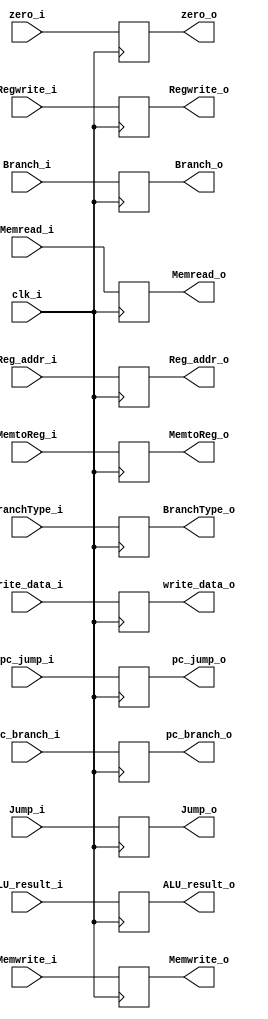
module EX_MEM(  clk_i, MemtoReg_i, Regwrite_i, BranchType_i, Branch_i, Memwrite_i, Memread_i,  pc_jump_i, pc_branch_i, zero_i, ALU_result_i, write_data_i, Reg_addr_i, Jump_i,                                           
					  MemtoReg_o, Regwrite_o, BranchType_o, Branch_o, Memwrite_o, Memread_o,   pc_jump_o, pc_branch_o, zero_o, ALU_result_o, write_data_o, Reg_addr_o, Jump_o );

input          clk_i;
input  MemtoReg_i, Regwrite_i, Branch_i, Memwrite_i, Memread_i, zero_i;
input 		   BranchType_i, Jump_i;
input [32-1:0]  pc_jump_i, pc_branch_i, ALU_result_i, write_data_i;
input [5-1:0]  Reg_addr_i;

output reg MemtoReg_o, Regwrite_o, Branch_o, Memwrite_o, Memread_o, zero_o;
output reg 			BranchType_o, Jump_o;
output reg [32-1:0]  pc_jump_o, pc_branch_o, ALU_result_o, write_data_o;
output reg [5-1:0]  Reg_addr_o;


always @(posedge clk_i) begin
	    MemtoReg_o <= MemtoReg_i; Regwrite_o <= Regwrite_i; BranchType_o <= BranchType_i; 
		Branch_o <= Branch_i; Memwrite_o <=  Memwrite_i; Memread_o <= Memread_i; pc_jump_o <= pc_jump_i;
		pc_branch_o <= pc_branch_i; zero_o <= zero_i; ALU_result_o <= ALU_result_i; 
		write_data_o <= write_data_i; Reg_addr_o <= Reg_addr_i;	Jump_o <= Jump_i;
end

initial begin
MemtoReg_o = 0; Regwrite_o = 0; BranchType_o = 0; Branch_o = 0; Memwrite_o = 0; Memread_o = 0;  pc_jump_o = 0; pc_branch_o = 0; zero_o = 0; ALU_result_o = 0; write_data_o = 0; Reg_addr_o = 0; Jump_o = 0;
end

endmodule